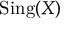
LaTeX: { \mathrm { S i n g } } ( X )